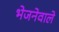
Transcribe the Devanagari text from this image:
भेजनेवाले